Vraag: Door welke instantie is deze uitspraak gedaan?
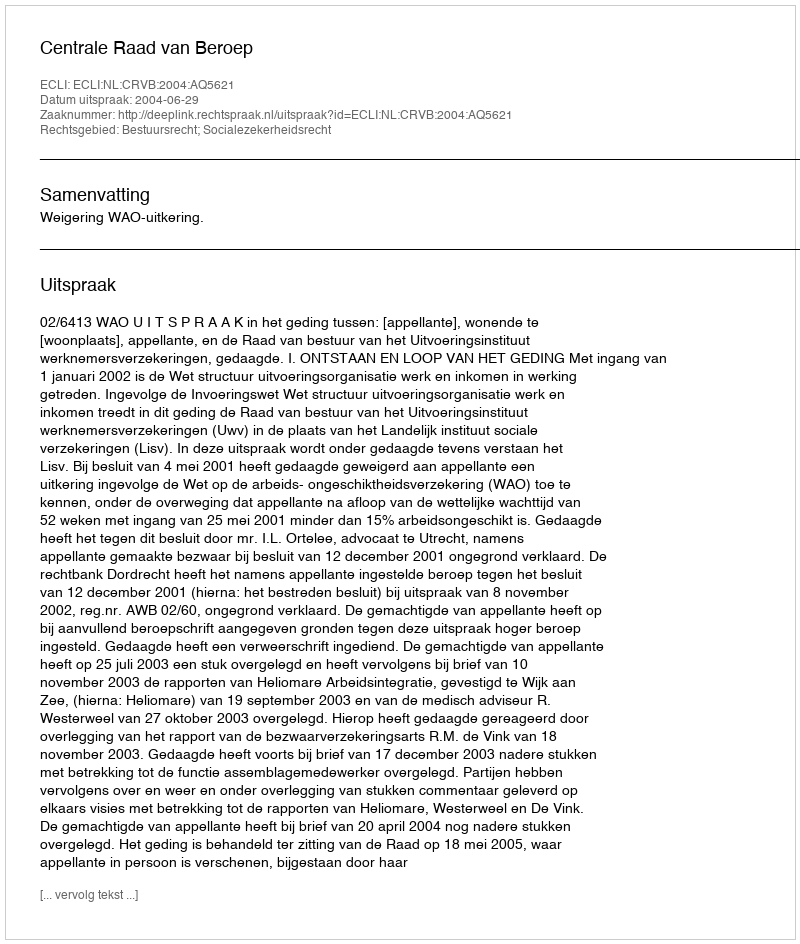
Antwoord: Centrale Raad van Beroep